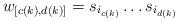
LaTeX: \begin{align*}w_{[c(k),d(k)]} = s_{i_{c(k)}} \ldots s_{i_{d(k)}}\end{align*}